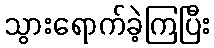
သွားရောက်ခဲ့ကြပြီး